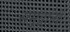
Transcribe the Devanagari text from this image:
समुद्रांनी